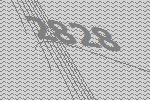
2828